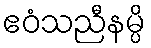
ဧဝံသညီနမ္ပိ